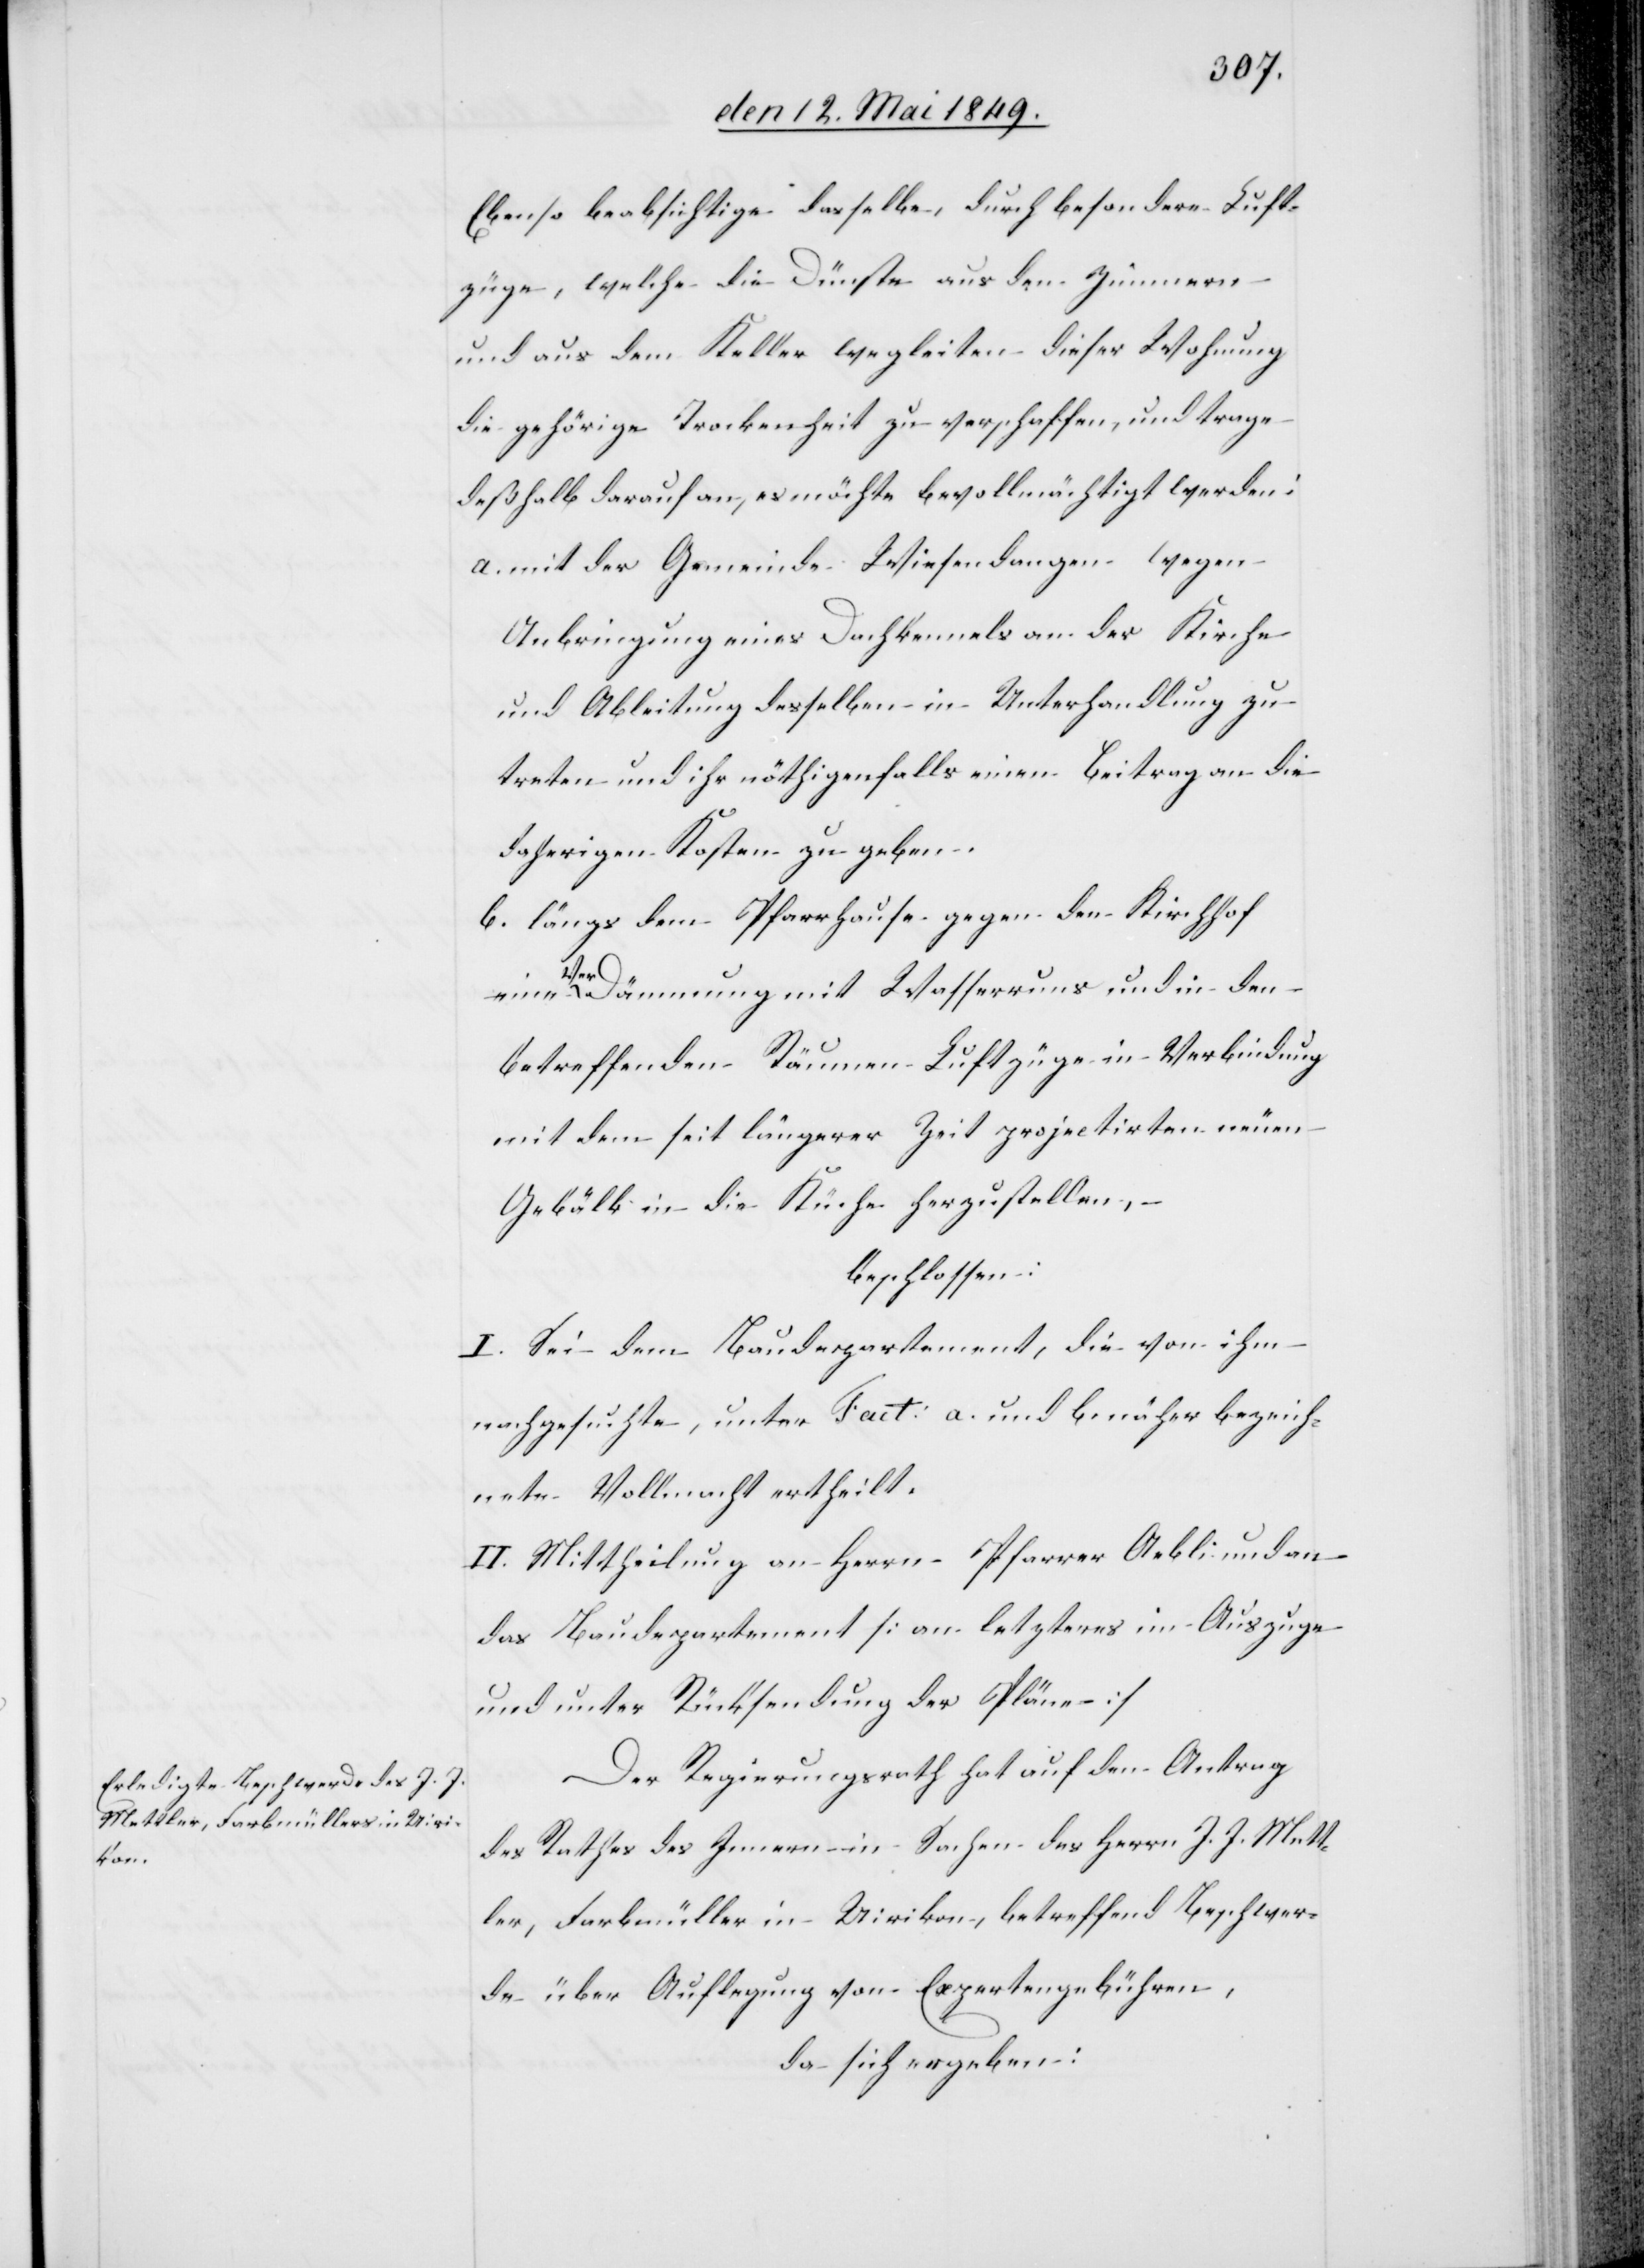
Ebenso beabsichtige dasselbe, durch besondere Luft¬
züge, welche die Dünste aus den Zimmern
und aus dem Keller wegleiten dieser Wohnung
die gehörige Trockenheit zu verschaffen, und trage
deßhalb darauf an, es möchte bevollmächtigt werden:
a. mit der Gemeinde Wiesendangen wegen
Anbringung eines Dachkennels an der Kirche
und Ableitung desselben in Unterhandlung zu
treten und ihr nöthigenfalls einen Beitrag an die
daherigen Kosten zu geben.
b. längs dem Pfarrhause gegen den Kirchhof
eine Verdämmung mit Wasserruns und in den
betreffenden Räumen Luftzüge in Verbindung
mit dem seit längerer Zeit projectirten neuen
Gebälk in die Küche herzustellen, –
beschlossen:
I. Sei dem Baudepartement, die von ihm
nachgesuchte, unter Fact a. und b. näher bezeich¬
nete Vollmacht ertheilt.
II. Mittheilung an Herrn Pfarrer Aebli und an
das Baudepartement [an letzteres im Auszuge
und unter Rücksendung der Pläne][.]
Der Regierungsrath hat auf den Antrag
des Rathes des Innern in Sachen des Herrn J. J. Mett¬
ler, Farbmüller in Uirikon, betreffend Beschwer¬
de über Auflegung von Expertengebühren,
da sich ergeben: